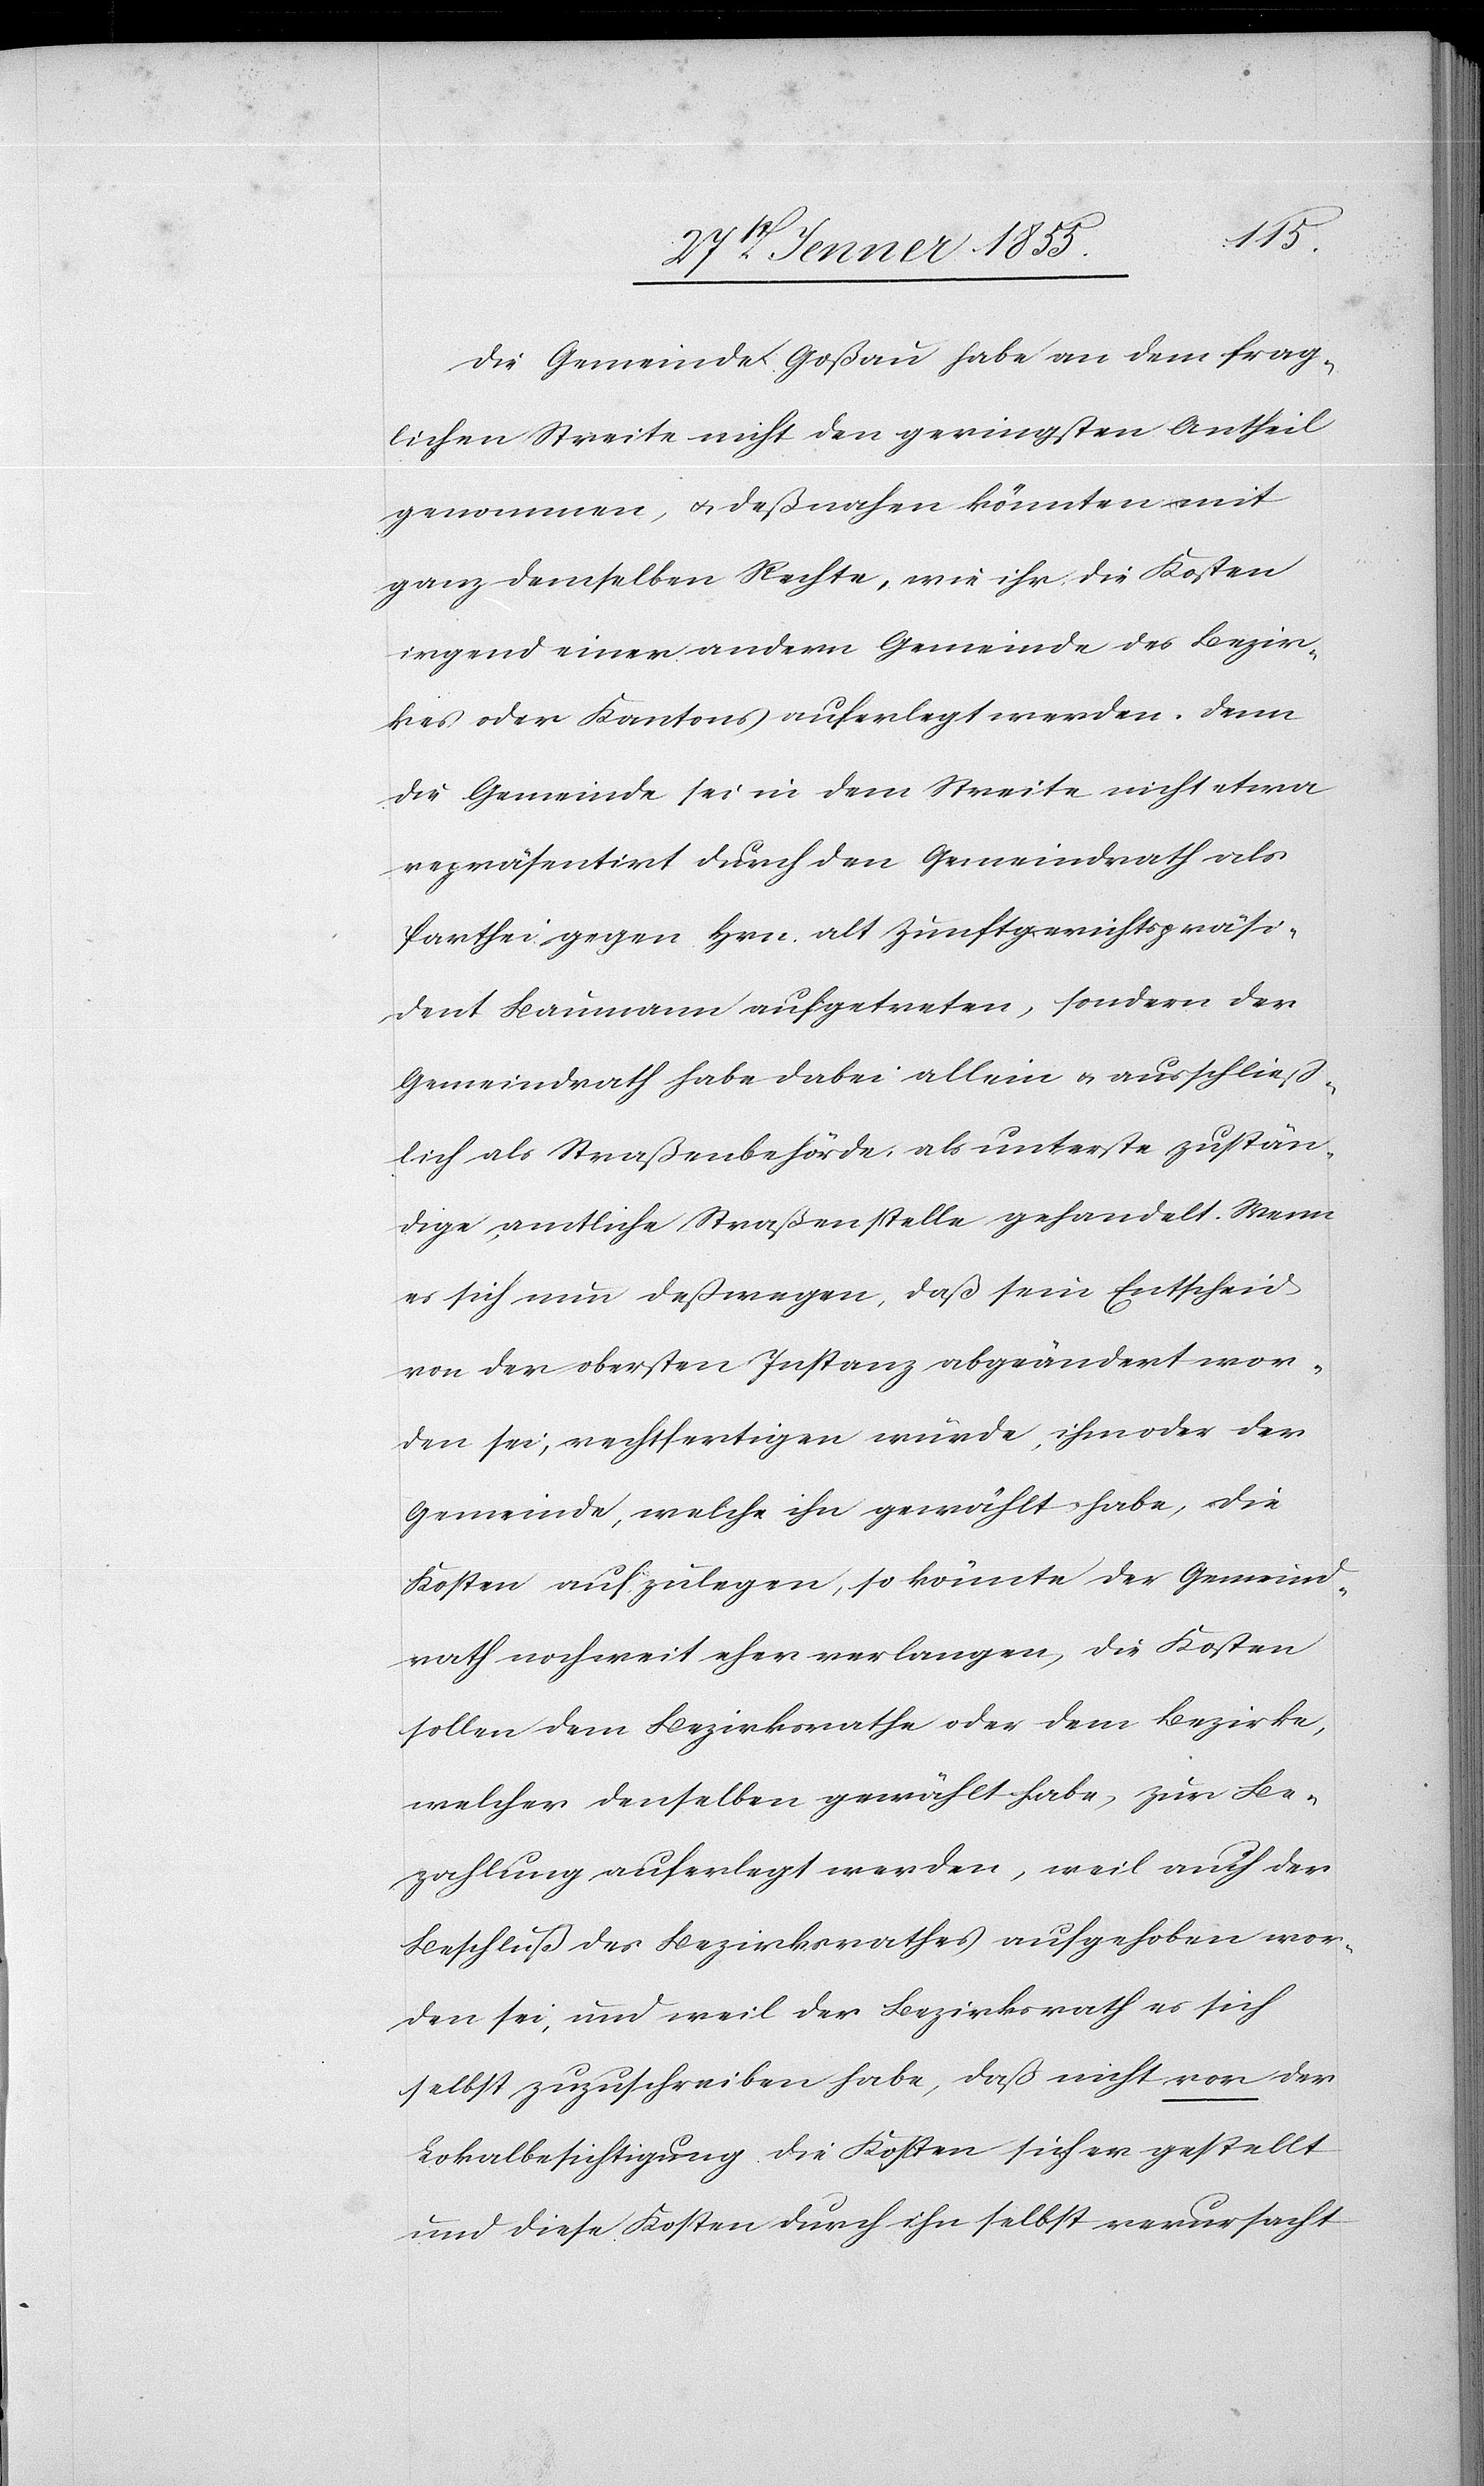
Die Gemeinde Goßau habe an dem frag¬
lichen Streite nicht den geringsten Antheil
genommen, & deßnahen könnten mit
ganz demselben Rechte, wie ihr die Kosten
irgend einer andern Gemeinde des Bezir¬
kes oder Kantons auferlegt werden. Denn
die Gemeinde sei in dem Streite nicht etwa
repräsentirt durch den Gemeindrath als
Parthei gegen Hrn. alt Zunftgerichtspräsi¬
dent Baumann aufgetreten, sondern der
Gemeindrath habe dabei allein & ausschliess¬
lich als Straßenbehörde, als unterste zustän¬
dige, amtliche Straßenstelle gehandelt. Wenn
es sich nun deßwegen, daß sein Entscheid
von der obersten Instanz abgeändert wor¬
den sei, rechtfertigen würde, ihm oder der
Gemeinde, welche ihn gewählt habe, die
Kosten aufzulegen, so könnte der Gemeind¬
rath noch weit eher verlangen, die Kosten
sollen dem Bezirksrathe oder dem Bezirke,
welcher denselben gewählt habe, zur Be¬
zahlung auferlegt werden, weil auch der
Beschluß des Bezirksrathes aufgehoben wor¬
den sei, und weil der Bezirksrath es sich
selbst zuzuschreiben habe, daß nicht vor der
Lokalbesichtigung die Kosten sicher gestellt
und diese Kosten durch ihn selbst verursacht